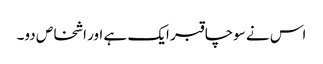
اس نے سوچا قبر ایک ہے اور اشخاص دو۔